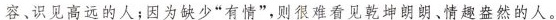
容、识见高远的人;因为缺少“有情”，则很难看见乾坤朗朗、情趣盎然的人。